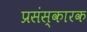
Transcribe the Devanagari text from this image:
प्रसंस्कारक